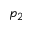
p _ { 2 }